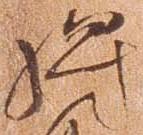
将